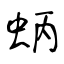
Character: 蛃